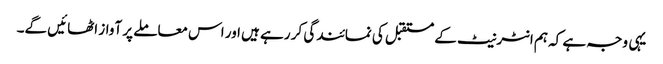
یہی وجہ ہے کہ ہم انٹرنیٹ کے مستقبل کی نمائندگی کر رہے ہیں اور اس معاملے پر آواز اٹھائیں گے۔